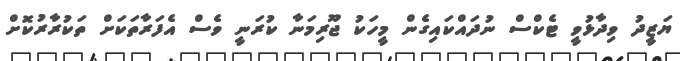
ޔަޒީދު ވިދާޅުވީ ޓެކްސް ނުދައްކައިގެން މީހަކު ޖޫރިމަނާ ކުރަނީ ވެސް އެފަރާތަކަށް ތަކުރާރުކޮށް